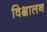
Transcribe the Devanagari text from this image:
विक्षालन